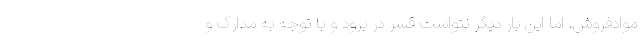
موادفروش، اما این بار دیگر نتواست قسر در برود و با توجه به مدارک و